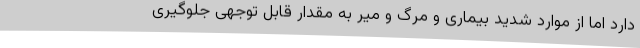
دارد اما از موارد شدید بیماری و مرگ و میر به مقدار قابل توجهی جلوگیری